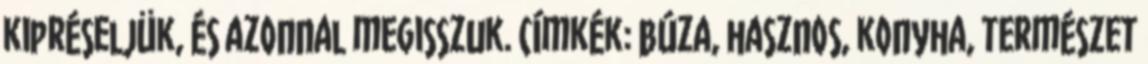
kipréseljük, és azonnal megisszuk. Címkék: búza, hasznos, konyha, természet